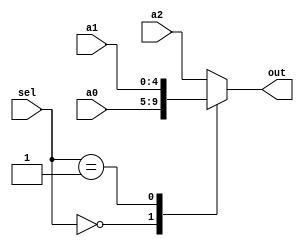
/*
   Assignment No. - 7
   KGP-RISC
   Semester - 5 (Autumn 2021-22)
   Group No. - 30
   Group Members - Ashutosh Kumar Singh (19CS30008) & Vanshita Garg (19CS10064)
*/

`timescale 1ns / 1ps

// A 3x1 mux with 5-bit output
module mux_5b_3_1 (
    input [4:0] a0, 
    input [4:0] a1, 
    input [4:0] a2, 
    input [1:0] sel, 
    output reg [4:0] out
);

    always @(*) begin
        case (sel)
            2'b00 : out = a0;
            2'b01 : out = a1;
            2'b10 : out = a2;
            default : out = a2;
        endcase
    end
    
endmodule